Rangoon Lunatic Asylum 1878-1892 - 1878-1892
Year: 1878
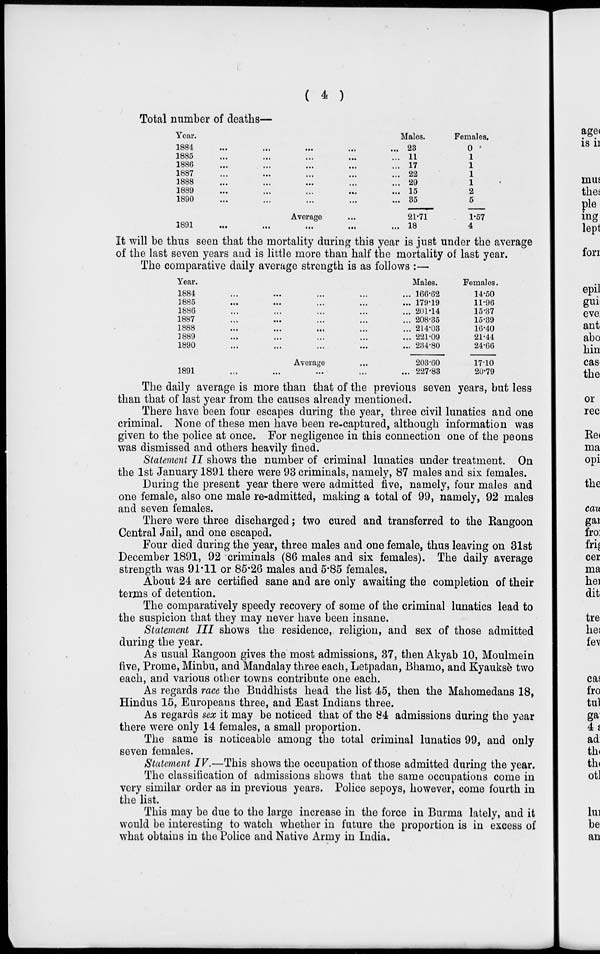
( 4 )
Total number of deaths—
Year.
1884
...
...
...
...
...
1885 ... ... ... ... ...
1886 ... ... ... ... ...
1887 ... ... ... ... ...
1888 ... ... ... ... ...
1889 ... ... ... ... ...
1890 ... ... ... ... ...
Average ...
1891
...
...
...
...
...
Males.
23
11
17
22
29
15
35
21.71
18
Females.
0
1
1
1
1
2
5
1.57
4
It will be thus seen that the mortality during this year is just under the average
of the last seven years and is little more than half the mortality of last year.
The comparative daily average strength is as follows :—
Year.
1884 ... ... ... ... ...
1885
...
...
...
...
...
1886 ... ... ... ... ...
1887 ... ... ... ... ...
1888
...
...
...
...
...
1889 ... ... ... ... ...
1890 ... ... ... ... ...
Average ...
1891 ... ... ... ... ...
Males.
166.62
179.19
201.14
208.35
214.03
221.09
234.80
203.60
227.83
Females.
14.50
11.96
15.37
15.39
16.40
21.44
24.66
17.10
20.79
The daily average is more than that of the previous seven years, but less
than that of last year from the causes already mentioned.
There have been four escapes during the year, three civil lunatics and one
criminal. None of these men have been re-captured, although information was
given to the police at once. For negligence in this connection one of the peons
was dismissed and others heavily fined.
Statement II shows the number of criminal lunatics under treatment. On
the 1st January 1891 there were 93 criminals, namely, 87 males and six females.
During the present year there were admitted five, namely, four males and
one female, also one male re-admitted, making a total of 99, namely, 92 males
and seven females.
There were three discharged; two cured and transferred to the Rangoon
Central Jail, and one escaped.
Four died during the year, three males and one female, thus leaving on 31st
December 1891, 92 criminals (86 males and six females). The daily average
strength was 91.11 or 85.26 males and 5.85 females.
About 24 are certified sane and are only awaiting the completion of their
terms of detention.
The comparatively speedy recovery of some of the criminal lunatics lead to
the suspicion that they may never have been insane.
Statement III shows the residence, religion, and sex of those admitted
during the year.
As usual Rangoon gives the most admissions, 37, then Akyab 10, Moulmein
five, Prome, Minbu, and Mandalay three each, Letpadan, Bhamo, and Kyauksè two
each, and various other towns contribute one each.
As regards race the Buddhists head the list 45, then the Mahomedans 18,
Hindus 15, Europeans three, and East Indians three.
As regards sex it may be noticed that of the 84 admissions during the year
there were only 14 females, a small proportion.
The same is noticeable among the total criminal lunatics 99, and only
seven females.
Statement IV.—This shows the occupation of those admitted during the year.
The classification of admissions shows that the same occupations come in
very similar order as in previous years. Police sepoys, however, come fourth in
the list.
This may be due to the large increase in the force in Burma lately, and it
would be interesting to watch whether in future the proportion is in excess of
what obtains in the Police and Native Army in India.